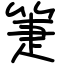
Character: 箑